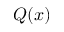
Q ( x )